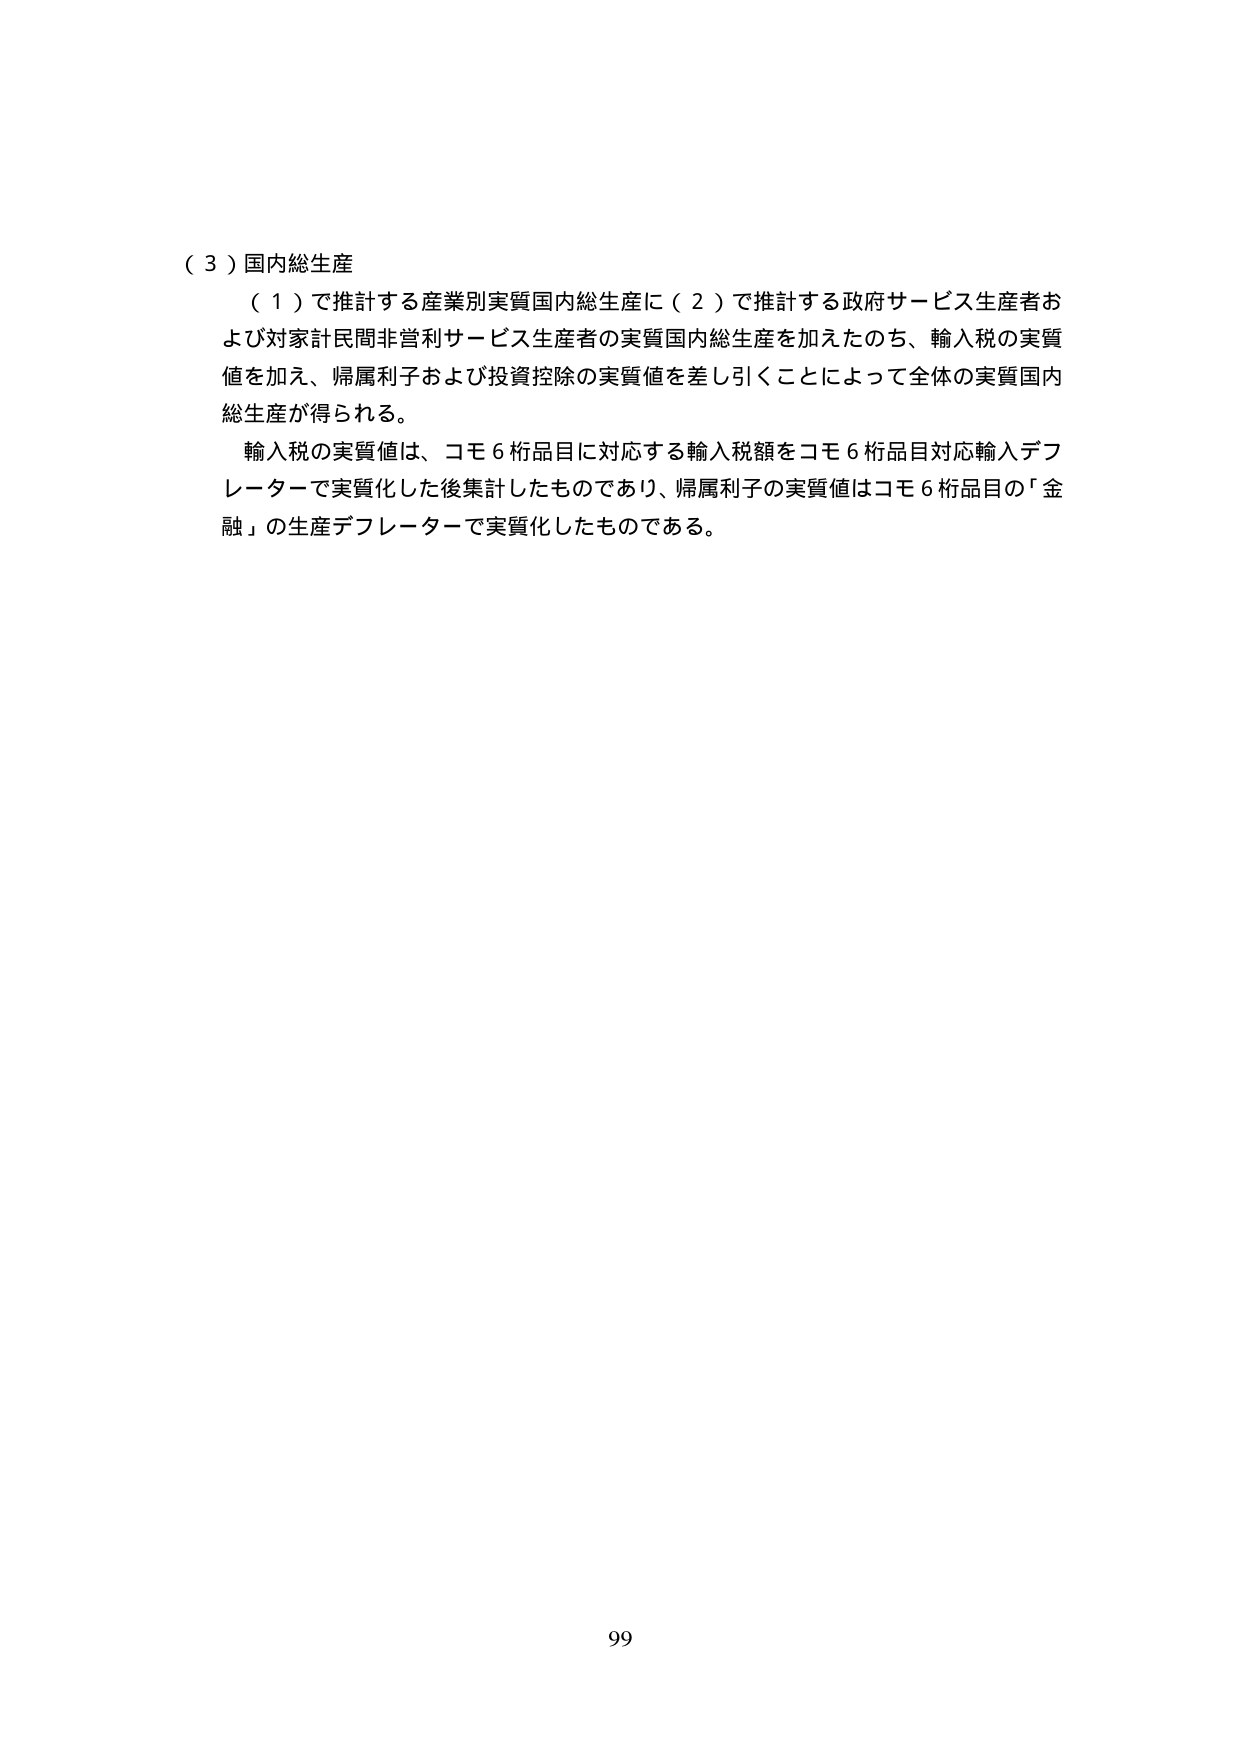
（３）国内総生産
（１）で推計する産業別実質国内総生産に（２）で推計する政府サービス生産者および対家計民間非営利サービス生産者の実質国内総生産を加えたのち、輸入税の実質値を加え、帰属利子および投資控除の実質値を差し引くことによって全体の実質国内総生産が得られる。
輸入税の実質値は、コモ６桁品目に対応する輸入税額をコモ６桁品目対応輸入デフレーターで実質化した後集計したものであり、帰属利子の実質値はコモ６桁品目の「金融」の生産デフレーターで実質化したものである。
99